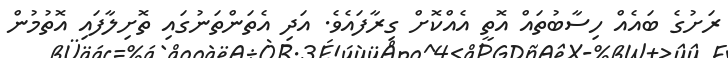
ރަށުގެ ބައެއް ހިސާބުތައް އޮތީ އެއްކޮށް ގިރާފައެވެ. އަދި އެތަންތަނުގައި ތޮށިލާފައި އޮތުމުން